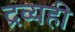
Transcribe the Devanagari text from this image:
द्रव्यही